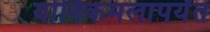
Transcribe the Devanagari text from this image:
योनिकमलापर्यंत